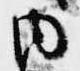
内